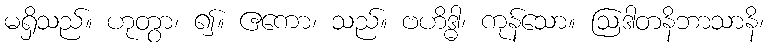
မရှိသည်။ ဟုတွာ၊ ၍။ ဧကော၊ သည်။ ဗဟိဒ္ဓါ၊ ကုန်သော။ ဩဒါတနိဘာသာနိ၊